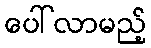
ပေါ်လာမည့်